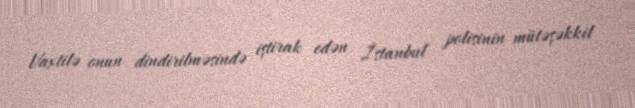
Vaxtilə onun dindirilməsində iştirak edən İstanbul polisinin mütəşəkkil